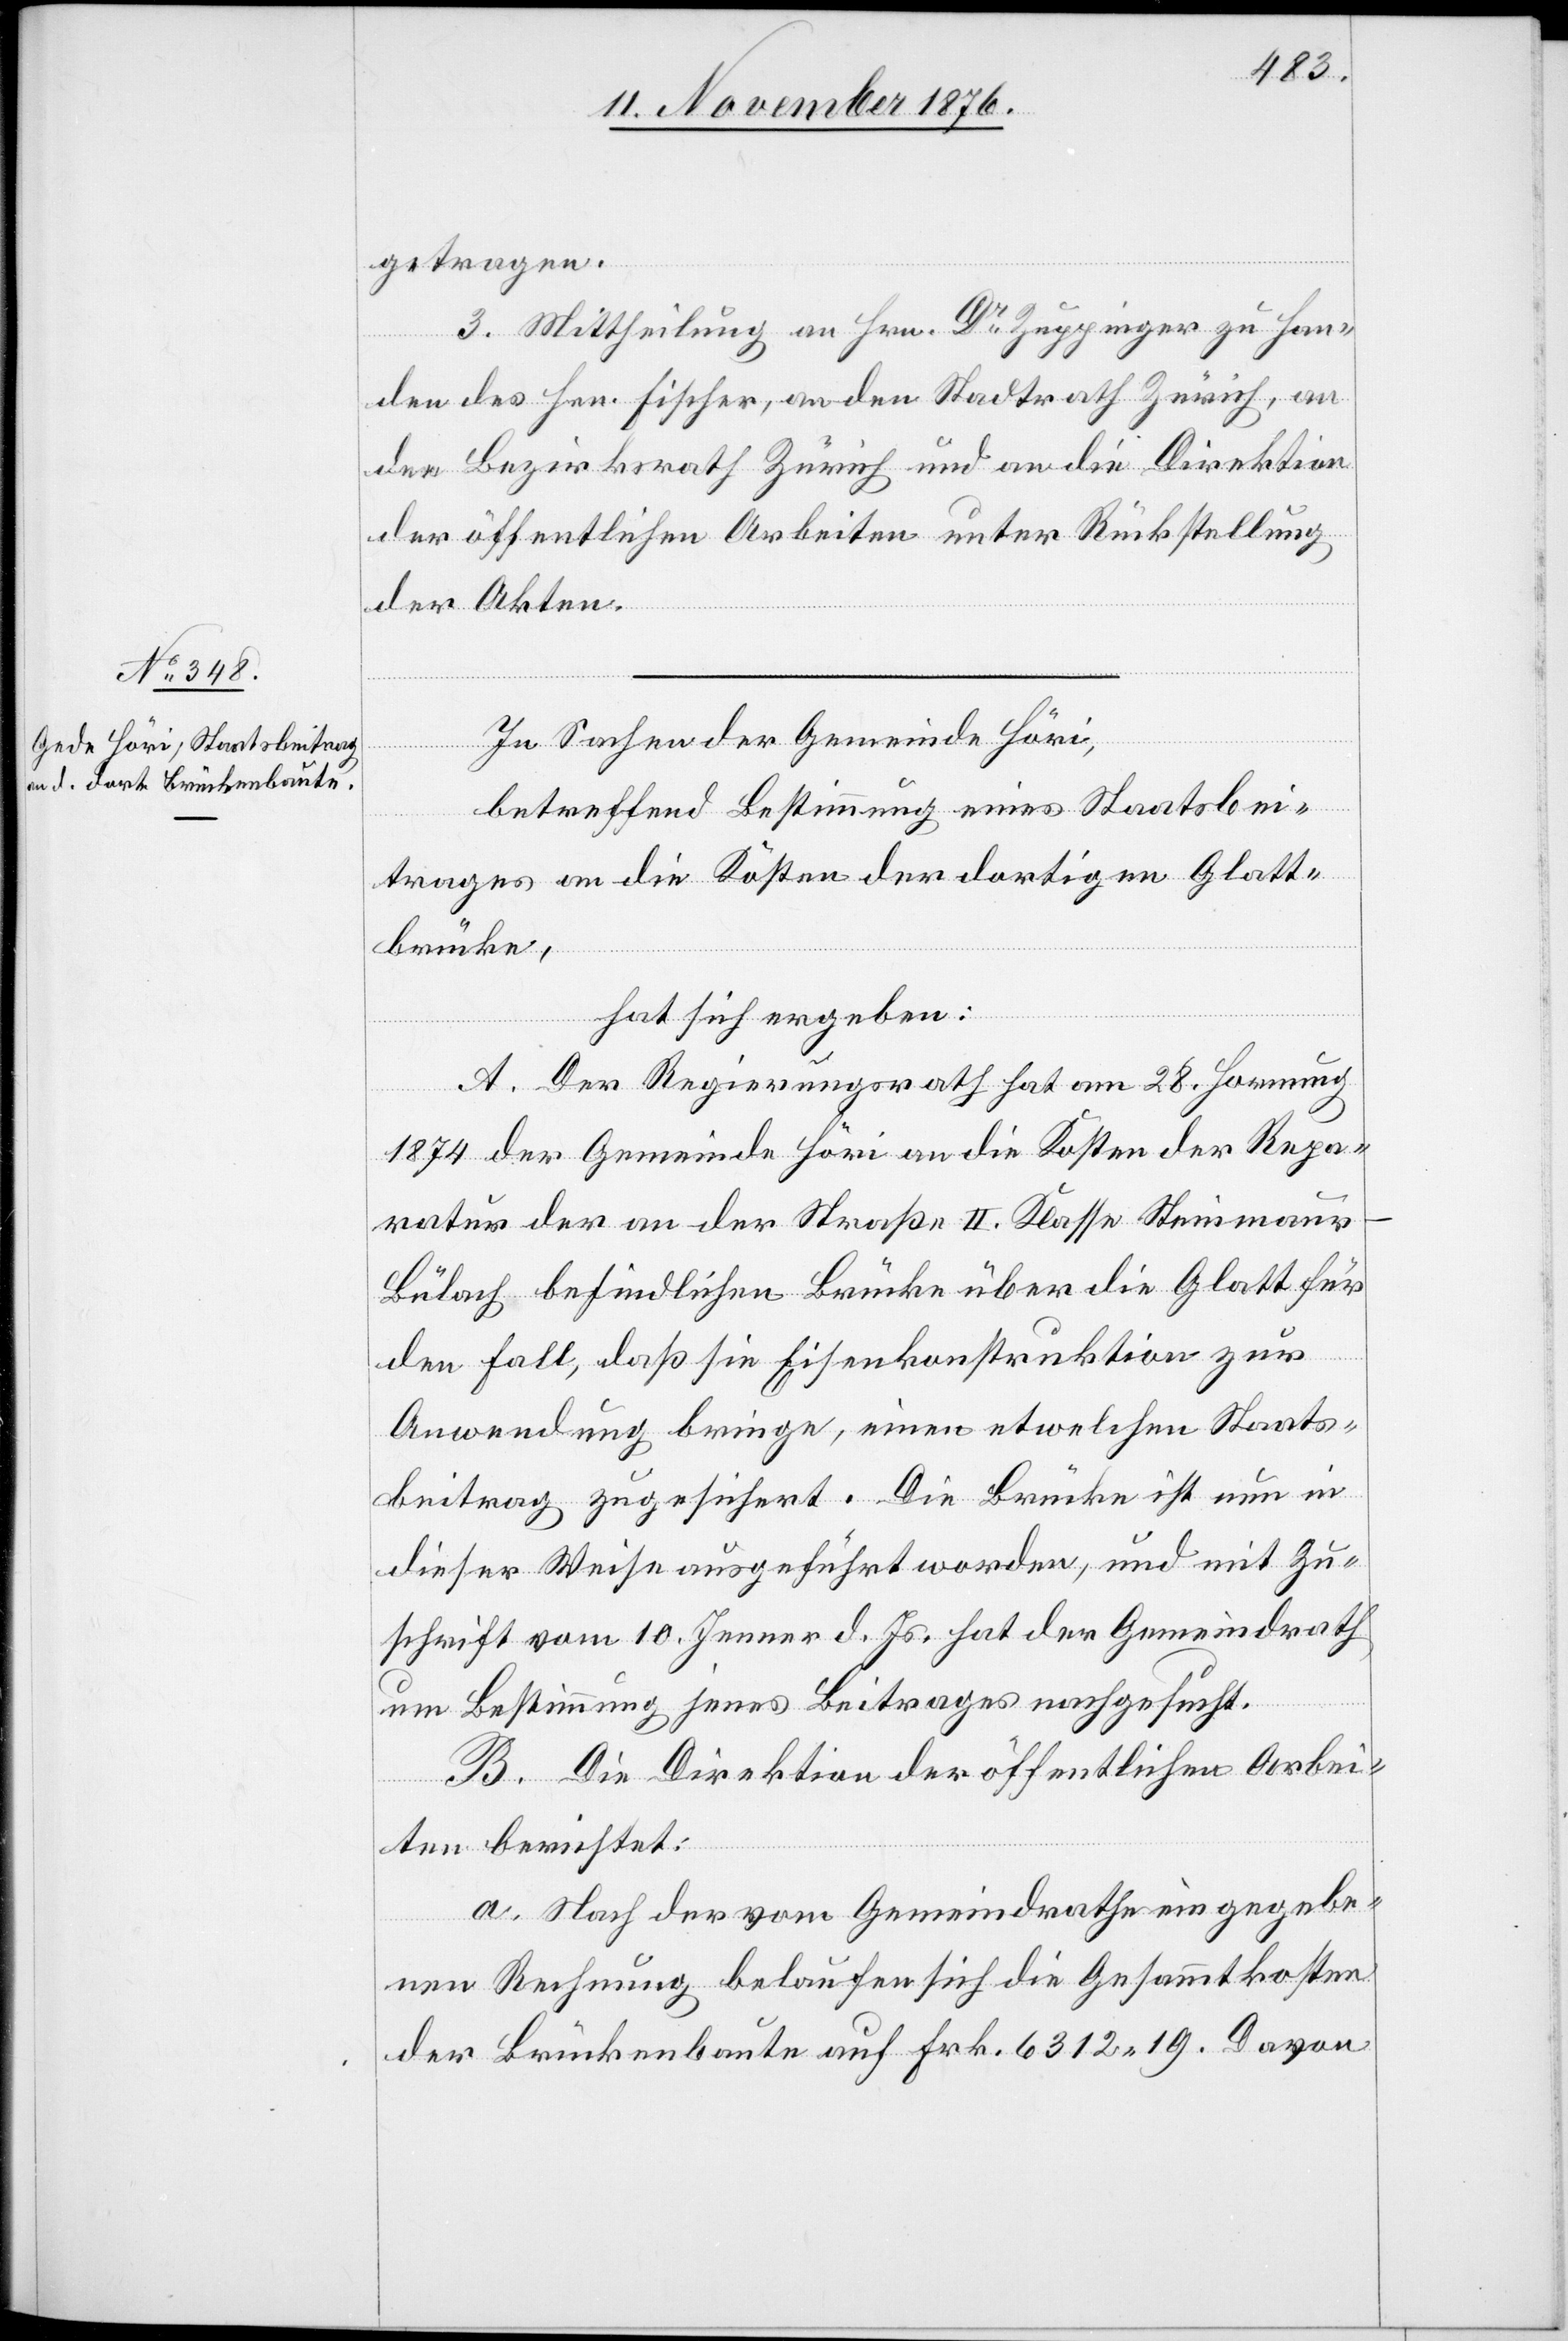
getragen.
3. Mittheilung an Hrn. Dr Zuppinger zu Han¬
den des Hrn. Fischer, an den Stadtrath Zürich, an
den Bezirksrath Zürich und an die Direktion
der öffentlichen Arbeiten unter Rückstellung
der Akten.
In Sachen der Gemeinde Höri,
betreffend Bestimmung eines Staatsbei¬
trages an die Kosten der dortigen Glatt¬
brücke,
hat sich ergeben:
A. Der Regierungsrath hat am 28. Hornung
1874 der Gemeinde Höri an die Kosten der Repa¬
ratur der an der Straße II. Klasse Steinmau¬
r–Bülach befindlichen Brücke über die Glatt für
den Fall, daß sie Eisenkonstruktion zur
Anwendung bringe, einen etwelchen Staats¬
beitrag zugesichert. Die Brücke ist nun in
dieser Weise ausgeführt worden, und mit Zu¬
schrift vom 10. Jenner d. Js. hat der Gemeindrath
um Bestimmung jenes Beitrages nachgesucht.
B. Die Direktion der öffentlichen Arbei¬
ten berichtet:
a. Nach der vom Gemeindrathe eingegebe¬
nen Rechnung belaufen sich die Gesammtkosten
der Brückenbaute auf Frk. 6312 19. Davon